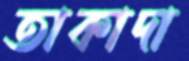
তাকাদা